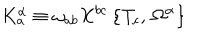
LaTeX: K _ { a } ^ { \alpha } \equiv \omega _ { a b } X ^ { b c } \, \bigr \{ T _ { c } , \, \Omega ^ { \alpha } \bigr \}